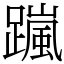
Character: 𨅏